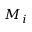
M _ { i }